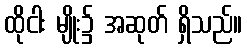
ထိုငါး မျိုး၌ အဆုတ် ရှိသည်။